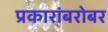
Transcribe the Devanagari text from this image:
प्रकारांबरोबर